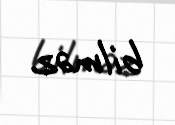
bilməz.